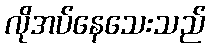
လိုအပ်နေသေးသည်